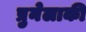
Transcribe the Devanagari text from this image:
प्रुनेलाकी